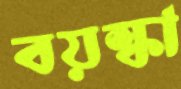
বয়স্কা